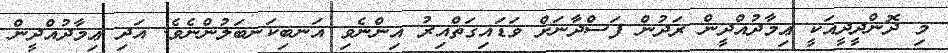
މި ދޮންދީދީއަކީ ޢިމާދުއްދީން ރަދުން ފަސްދާނަށް ވަޑައިގަތްއިރު އިންނެވި އަނބިކަނބަލުންނެވެ. އަދި ޢިމާދުއްދީން